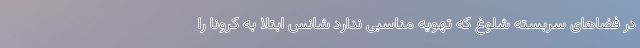
در فضاهای سربسته شلوغ که تهویه مناسبی ندارد شانس ابتلا به کرونا را